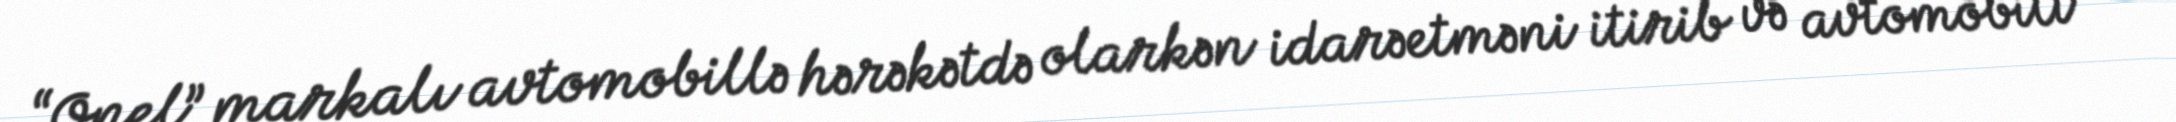
“Opel” markalı avtomobillə hərəkətdə olarkən idarəetməni itirib və avtomobili